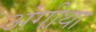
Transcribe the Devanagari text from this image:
अंगीथा